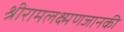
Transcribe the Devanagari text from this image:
श्रीरामलक्ष्मणजानकी